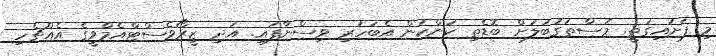
މި ފަށައިގަތީ. މުސްތަގުބަލަށް ބޮޑެތި ކަންކަން އެބަހުރި ވިސްނާފައި. އަދި ޒީރޯވެސްޓްއެމްވީގެ އެއްޗެހި